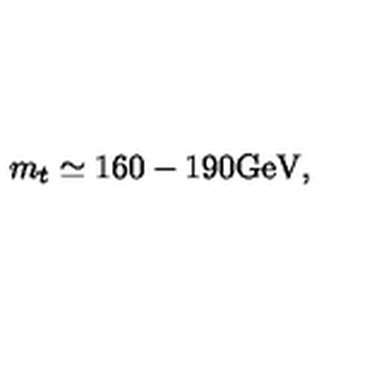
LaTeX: m _ { t } \simeq 1 6 0 - 1 9 0 \mathrm { G e V } ,